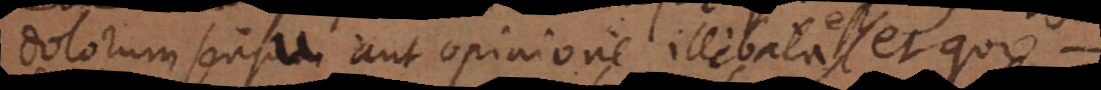
dolorum sensu aut opinione illibata est,